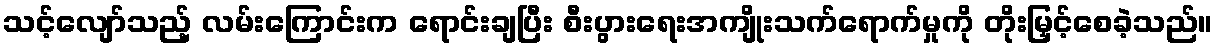
သင့်လျော်သည့် လမ်းကြောင်းက ရောင်းချပြီး စီးပွားရေးအကျိုးသက်ရောက်မှုကို တိုးမြှင့်စေခဲ့သည်။